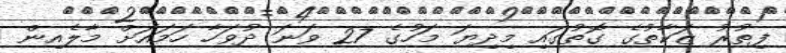
ފިތުރު ޒަކާތުގެ ގޮތުގައި މިދިޔަ މަހުގެ 27 ވަނަ ދުވަހާ ހަމައަށް މާލެއިން